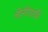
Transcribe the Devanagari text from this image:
चीनीयात्री